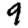
Digit: 9